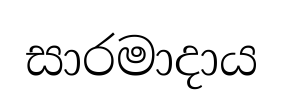
සාරමාදාය